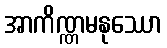
အာကိဏ္ဏမနုဿော